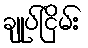
ချုပ်ငြိမ်း